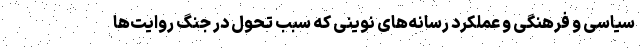
سیاسی و فرهنگی و عملکرد رسانه‌های نوینی که سبب تحول در جنگ روایت‌ها